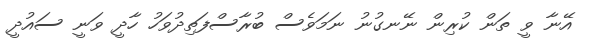
އޭނާ ވީ ތަން ކުރިން ނޭނގުނު ނަމަވެސް ބުރާސްފަތިދުވަހު ހާދީ ވަނީ ސައުދީ